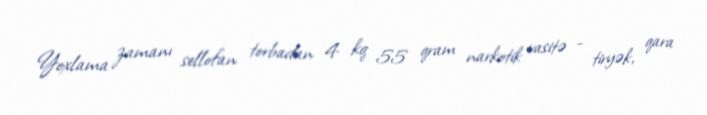
Yoxlama zamanı sellofan torbadan 4 kq 55 qram narkotik vasitə - tiryək, qara